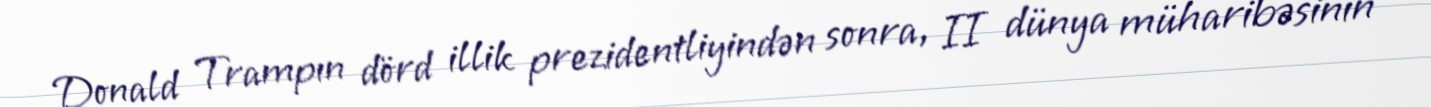
Donald Trampın dörd illik prezidentliyindən sonra, II dünya müharibəsinin